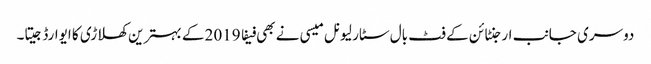
دوسری جانب ارجنٹائن کے فٹ بال سٹار لیونل میسی نے بھی فیفا 2019 کے بہترین کھلاڑی کا ایوارڈ جیتا۔